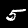
Digit: 5